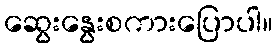
ဆွေးနွေးစကားပြောပါ။